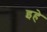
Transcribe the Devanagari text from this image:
इहे